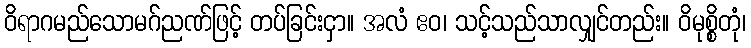
ဝိရာဂမည်သောမဂ်ညဏ်ဖြင့် တပ်ခြင်းငှာ။ အလံ ဧဝ၊ သင့်သည်သာလျှင်တည်း။ ဝိမုစ္စိတုံ၊